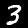
Digit: 3